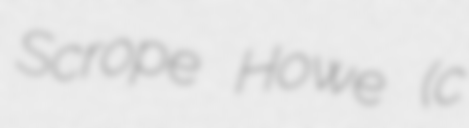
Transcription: Scrope Howe (c